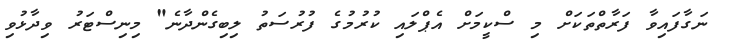
ނަގާފައިވާ ފަރާތްތަކަށް މި ސްކީމަށް އެޕްލައި ކުރުމުގެ ފުރުސަތު ލިބިގެންދާނެ" މިނިސްޓަރު ވިދާޅުވި